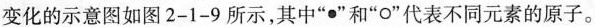
变化的示意图如图2-1-9所示，其中”●”和”o”代表不同元素的原子。